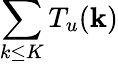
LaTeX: \sum_{k\le K}T_{u}({\mathbf k})